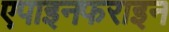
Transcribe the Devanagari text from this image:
एपाइनफराइन